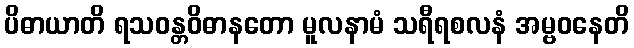
ပိဓာယာတိ ရသဝန္တဝိဓာနတော မူလနာမံ သရီရစလနံ အမ္ဗဝနေတိ